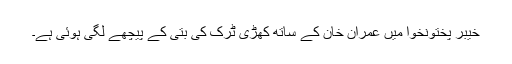
خیبر پختونخوا میں عمران خان کے ساتھ کھڑی ٹرک کی بتی کے پیچھے لگی ہوئی ہے۔